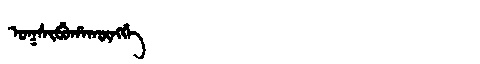
Manchu: ᠣᡴᠰᡳᠪᡠᡥᠠᡴᡡᠩᡤᡝ
Romanization: OKSIBUHAKŪNGGE